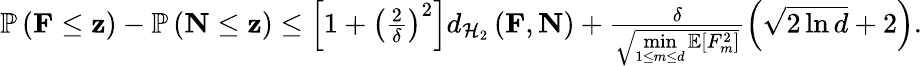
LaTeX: \begin{array}{r}{\mathbb{P}\left(\mathbf{F}\leq\mathbf{z}\right)-\mathbb{P}\left(\mathbf{N}\leq\mathbf{z}\right)\leq\left[1+\left(\frac{2}{\delta}\right)^{2}\right]d_{\mathcal{H}_{2}}\left(\mathbf{F},\mathbf{N}\right)+\frac{\delta}{\sqrt{\underset{1\leq m\leq d}{\operatorname*{min}}\mathbb{E}[F_{m}^{2}]}}\left(\sqrt{2\ln d}+2\right).}\end{array}